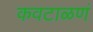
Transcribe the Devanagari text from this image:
कवटाळणं